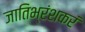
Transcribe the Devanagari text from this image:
जातिभ्रंशकरं